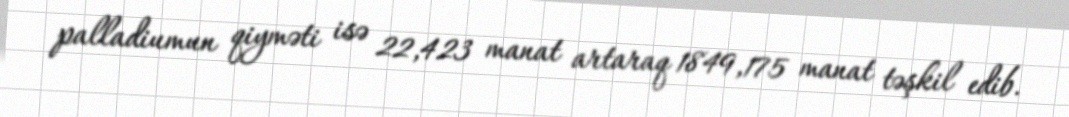
palladiumun qiyməti isə 22,423 manat artaraq 1849,175 manat təşkil edib.